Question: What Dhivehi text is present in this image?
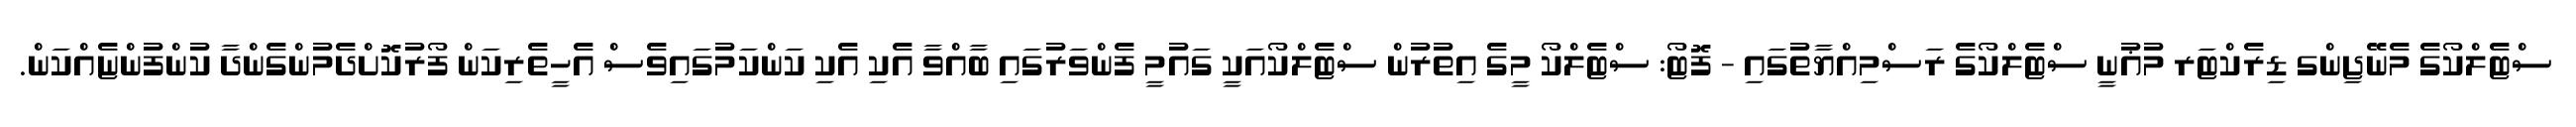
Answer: ސްޓެލްކޯގެ މެނޭޖިންގ ޑިރެކްޓަރ މުޣުނީ ސްޓެލްކޯގެ ރަސްމިއްޔާތުގައި - ފޮޓޯ: ސްޓެލްކޯ މީގެ އިތުރުން ސްޓެލްކޯއަކީ ގައުމީ ފެންވަރުގައި ބާއްވާ އެކި އެކި ކަންކަމުގައިވެސް އެހީތެރިކަން ފޯރުކޮށްދެމުންގެންދާ ކުންފުންޏެއްކަން.